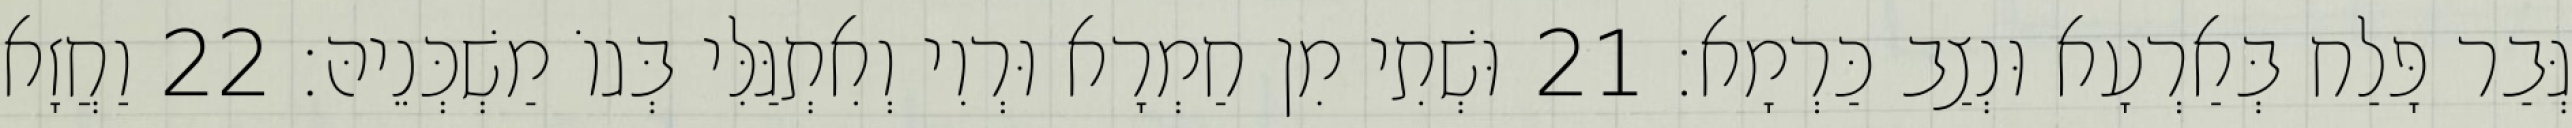
גְּבַר פָּלַח בְּאַרְעָא וּנְצַב כַּרְמָא׃ 21 וּשְׁתִי מִן חַמְרָא וּרְוִי וְאִתְגַּלִּי בְּגוֹ מַשְׁכְּנֵיהּ׃ 22 וַחֲזָא